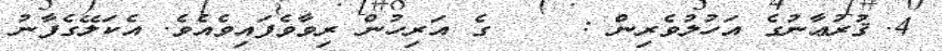
4.	ޤުރުޢާނުގެ އަހުލުވެރިން :    ގެ އަރިހުން ރިވާވެފައިވެއެވެ. އެކަލޭގެފާނު